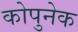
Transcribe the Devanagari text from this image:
कोपुनेक